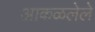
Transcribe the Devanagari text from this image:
आकळलेले